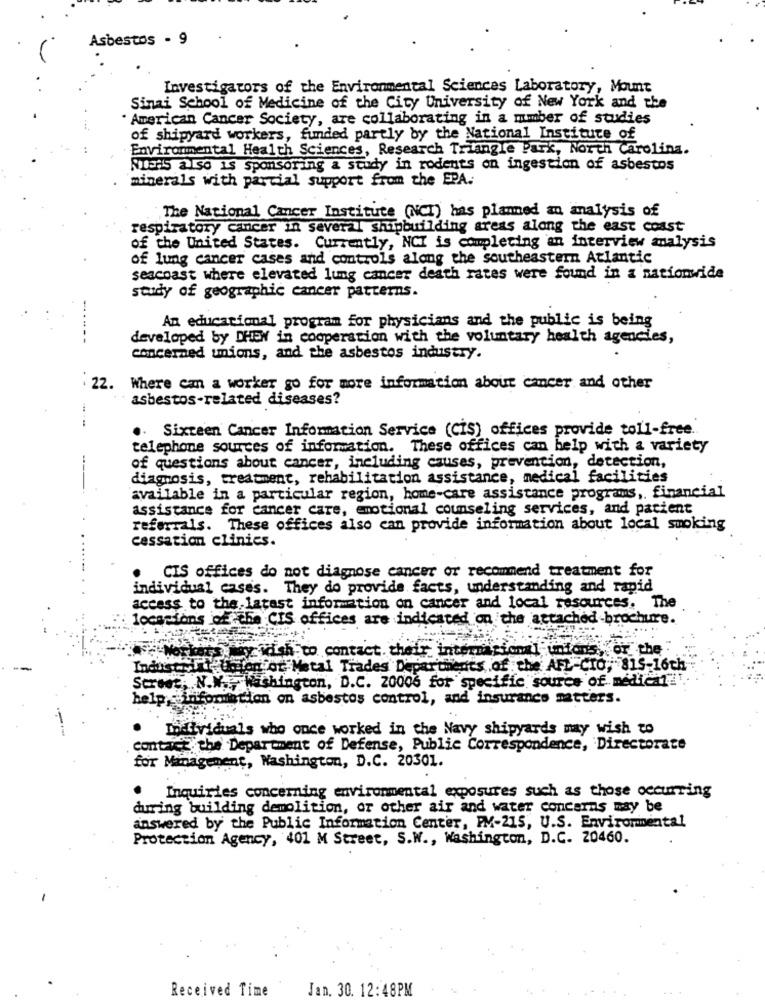
Asbestos - 9
Investigators of the Environmental Sciences Laboratory, Mount
Sinai School of Medicine of the City University of New York and the
. American Cancer Society, are collaborating in a mmber of studies
of shipyard workers, funded partly by the National Institute of
Environmental Health Sciences, Research Triangle Park, North Carolina.
NIERS also is sponsoring a study in rodents on ingestion of asbestos
minerals with parcial support from the EPA.
The National Cancer Institute (NCT) has planned an analysis of
respiratory cancer in several Shipbuilding areas along the east coast
of the United States. Currently, NCI is completing an interview analysis
of lung cancer cases and controls along the southeastern Atlantic
seacoast where elevated lung cancer death rates were found in a nationwide
study of geographic cancer patterns.
An educational program for physicians and the public is being
---
developed by DHEW in cooperation with the voluntary health agencies,
concerned unions, and the asbestos industry.
22.
Where can a worker go for more information about cancer and other
asbestos-related diseases?
-.
. Sixteen Cancer Information Service (CIS) offices provide toll-free.
telephone sources of information. These offices can help with a variety
of questions about cancer, including causes, prevention, detection,
diagnosis, treatment, rehabilitation assistance, medical facilities
available in a particular region, home-care assistance programs, financial
assistance for cancer care, emotional counseling services, and pacient
referrals. These offices also can provide information about local smoking
cessation clinics.
CIS offices do not diagnose cancer or recommend treatment for
individual cases. They do provide facts, understanding and rapid
access to the latest information on cancer and local resources. The
locations of the CIS offices are indicated on the attached brochure.
cidish to contact. their internacional unions, or the
Industi, l' Union for Metal Trades Departments of the AFL-CIO, 815-16th
Street, N.W ., Washington, D.C. 20006 for specific source of medical .
help, information on asbestos control, and insurance matters.
Individuals who once worked in the Navy shipyards may wish to
contact the Department of Defense, Public Correspondence, Directorate
for Management, Washington, D.C. 20301.
Inquiries concerning environmental exposures such as those occurring
during building demolition, or other air and water concerns may be
answered by the Public Information Center, PM-215, U.S. Environmental
Protection Agency, 401 M Street, S.W ., Washington, D.C. 20460.
Received Time
Jan. 30. 12:48PM W